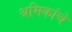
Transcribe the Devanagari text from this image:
श्रमिकांचे